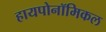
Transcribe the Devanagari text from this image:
हायपोनॉमिकल